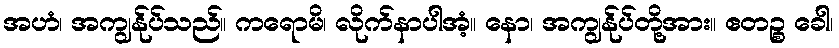
အဟံ၊ အကျွန်ုပ်သည်။ ကရောမိ၊ လိုက်နာပါအံ့။ နော၊ အကျွန်ုပ်တို့အား။ ဧတဉ္စ ခေါ၊